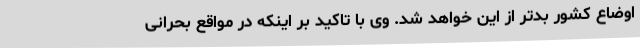
اوضاع کشور بدتر از این خواهد شد. وی با تاکید بر اینکه در مواقع بحرانی